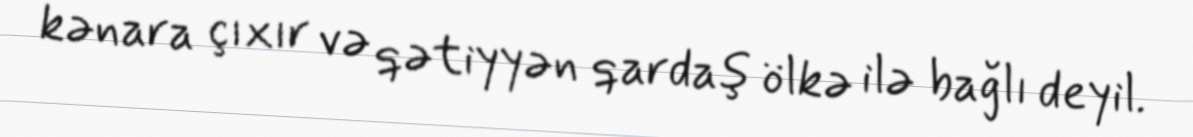
kənara çıxır və qətiyyən qardaş ölkə ilə bağlı deyil.